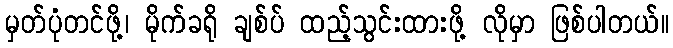
မှတ်ပုံတင်ဖို့၊ မိုက်ခရို ချစ်ပ် ထည့်သွင်းထားဖို့ လိုမှာ ဖြစ်ပါတယ်။